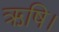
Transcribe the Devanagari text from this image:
ऋषि।